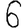
Digit: 6